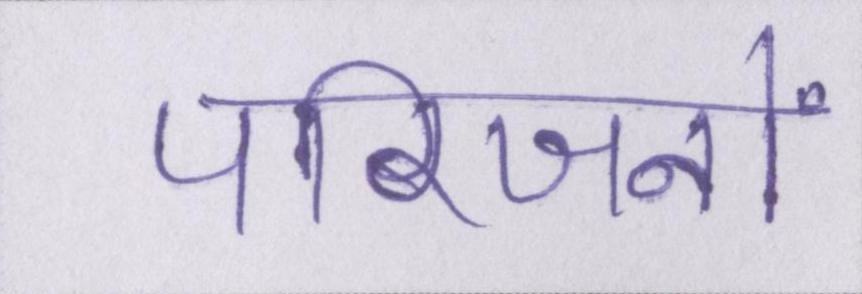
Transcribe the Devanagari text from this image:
परिजनों